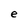
Character: e